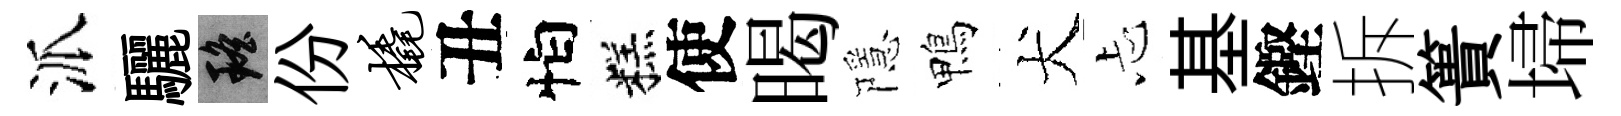
派驪瑶份橇丑怕糕使暍隱鴨犬忐基鏗拆簣埽